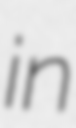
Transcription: in